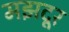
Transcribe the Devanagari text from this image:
मझदूर